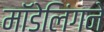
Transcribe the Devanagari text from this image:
मॉडेलिंगने